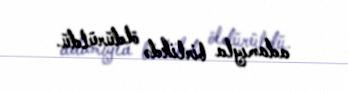
adamıyla birlikdə öldürüldü.